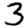
Digit: 3